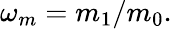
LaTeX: \begin{array}{r}{\omega_{m}=m_{1}/m_{0}.}\end{array}